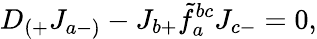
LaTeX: D_{(+}J_{a-)}-J_{b+}\tilde{f}_{a}^{bc}J_{c-}=0,